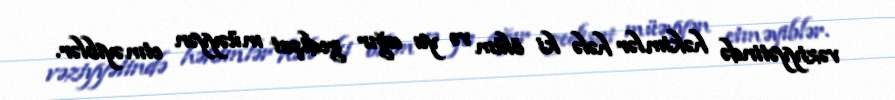
vəziyyətində həkimlər hələ ki ölüm və ya ağır gedişat müəyyən etməyiblər.